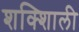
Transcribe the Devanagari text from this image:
शक्शिाली